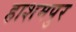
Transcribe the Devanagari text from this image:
हाशमपुर